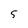
Character: 5